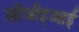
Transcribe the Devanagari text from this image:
सीजीइआई